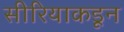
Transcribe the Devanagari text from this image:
सीरियाकडून